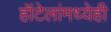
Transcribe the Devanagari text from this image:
हॉटेलांमध्येही